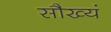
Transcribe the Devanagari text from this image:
सौख्यं